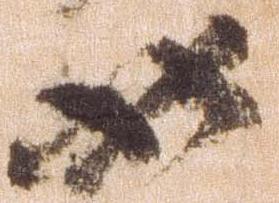
如